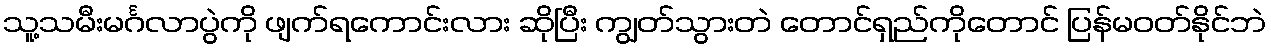
သူ့သမီးမင်္ဂလာပွဲကို ဖျက်ရကောင်းလား ဆိုပြီး ကျွတ်သွားတဲ တောင်ရှည်ကိုတောင် ပြန်မဝတ်နိုင်ဘဲ